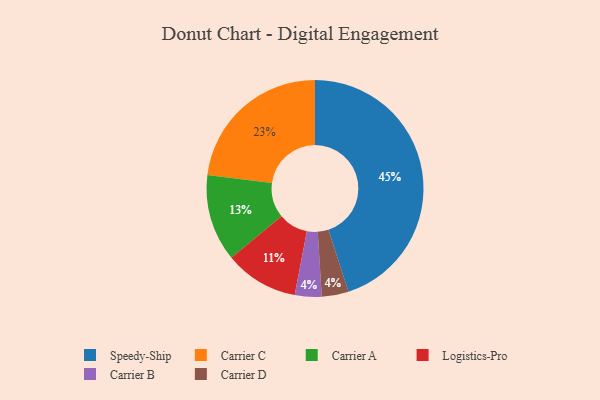
{"axis": {"x": "Category", "y": "Percentage"}, "legend": ["Carrier A", "Carrier B", "Carrier C", "Carrier D", "Logistics-Pro", "Speedy-Ship"], "data": [{"x": "Carrier B", "y": 4, "type": "Carrier B"}, {"x": "Logistics-Pro", "y": 11, "type": "Logistics-Pro"}, {"x": "Carrier C", "y": 23, "type": "Carrier C"}, {"x": "Speedy-Ship", "y": 45, "type": "Speedy-Ship"}, {"x": "Carrier D", "y": 4, "type": "Carrier D"}, {"x": "Carrier A", "y": 13, "type": "Carrier A"}]}